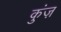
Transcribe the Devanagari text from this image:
कुंज़